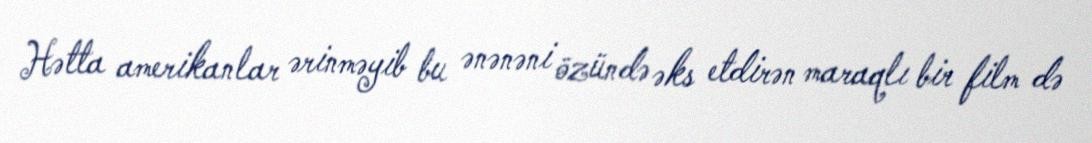
Hətta amerikanlar ərinməyib bu ənənəni özündə əks etdirən maraqlı bir film də